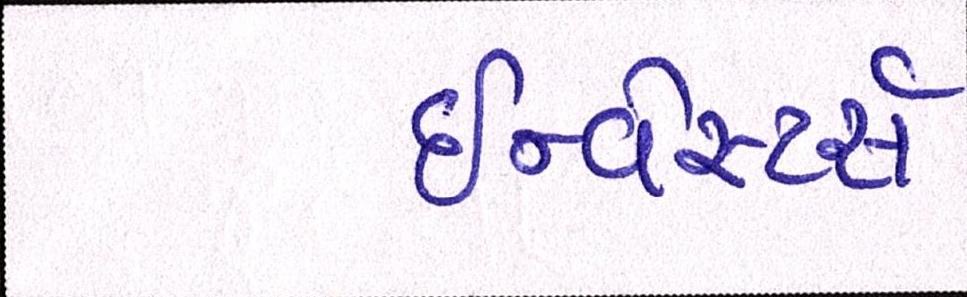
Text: ઇન્વેસ્ટર્સ